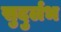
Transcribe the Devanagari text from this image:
सुदुर्लभ